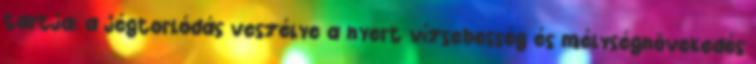
tartja: a jégtorlódás veszélye a nyert vízsebesség és mélységnövekedés